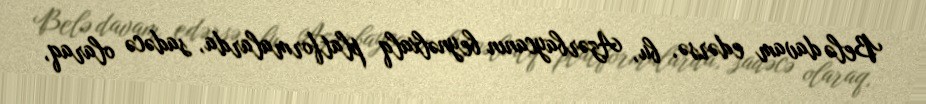
Belə davam edərsə, bu, Azərbaycanın beynəlxalq platformalarda, sadəcə olaraq,